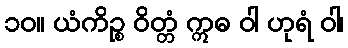
၁၀။ ယံကိဉ္စ ဝိတ္တံ ဣဓ ဝါ ဟုရံ ဝါ၊